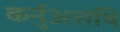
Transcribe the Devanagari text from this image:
कर्नुअसथि